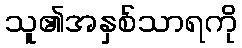
သူ၏အနှစ်သာရကို